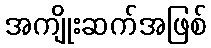
အကျိုးဆက်အဖြစ်